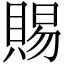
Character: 賜